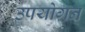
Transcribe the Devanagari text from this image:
उपयोगन